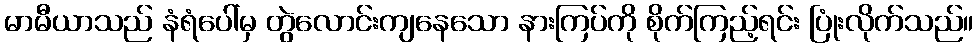
မာမီယာသည် နံရံပေါ်မှ တွဲလောင်းကျနေသော နားကြပ်ကို စိုက်ကြည့်ရင်း ပြုံးလိုက်သည်။